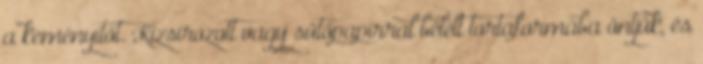
a keményítőt. Kizsírozott vagy sütőpapírral bélelt tortaformába öntjük, és